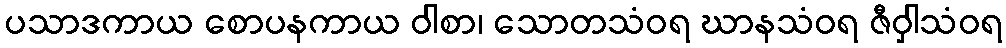
ပသာဒကာယ စောပနကာယ ဝါစာ၊ သောတသံဝရ ဃာနသံဝရ ဇီဝှါသံဝရ